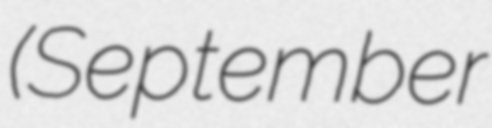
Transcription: (September